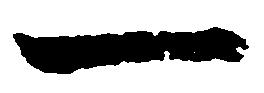
一